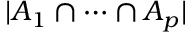
| A _ { 1 } \cap \cdots \cap A _ { p } |